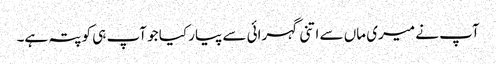
آپ نے میری ماں سے اتنی گہرائی سے پیار کیا جو آپ ہی کو پتہ ہے۔